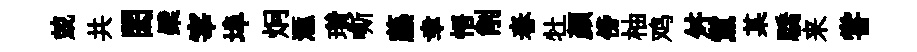
兢共閎檗宰埠炯滙瓚嘶藤幸悟削春牡颜傍柚鸡舛黨某驕来甞